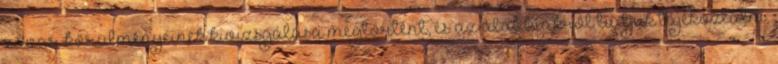
zavar körülményeinek kivizsgálása megtörtént, és az alábbiakról tudjuk tájékoztatni: